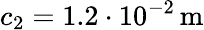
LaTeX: c_{2}=1.2\cdot 10^{-2}\, \mathrm{m}